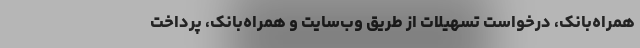
همراه‌بانک، درخواست تسهیلات از طریق وب‌سایت و همراه‌بانک، پرداخت